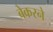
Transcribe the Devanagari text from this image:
बेकरने